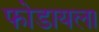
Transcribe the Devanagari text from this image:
फोडायला